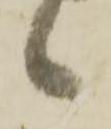
候